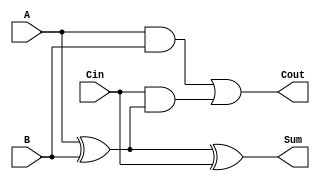
module FullAdder (
    input wire A,      // First binary input
    input wire B,      // Second binary input
    input wire Cin,    // Carry-in input
    output wire Sum,   // Resultant sum output
    output wire Cout   // Carry-out output
);

    // Sum calculation using XOR
    assign Sum = A ^ B ^ Cin;

    // Carry-out calculation
    assign Cout = (A & B) | (Cin & (A ^ B));

endmodule